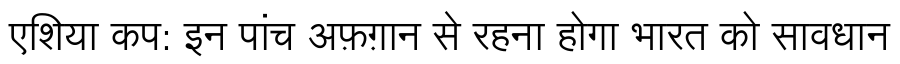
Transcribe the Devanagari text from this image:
एशिया कप: इन पांच अफ़ग़ान से रहना होगा भारत को सावधान